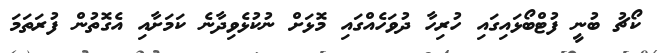
ކޯޗު ބުނީ ފުޓްބޯޅައިގައި ހުރިހާ ދުވަހެއްގައި މޮޅަށް ނުކުޅެވިދާނެ ކަމަށާއި އެގޮތުން ފުރަތަމަ